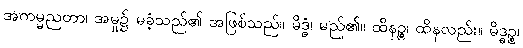
အကမ္မညတာ၊ အမှု၌ မခံ့သည်၏ အဖြစ်သည်။ မိဒ္ဓံ၊ မည်၏။ ထိနဉ္စ၊ ထိနလည်း။ မိဒ္ဓဉ္စ၊